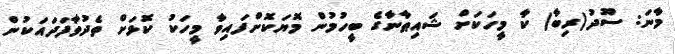
މާނަ: ސޫދު(ރިބާ) ކާ މީހަކަށް ޝައިޠާނާގެ ބީހުމުން މޮޔަކޮށްފައިވާ މީހަކު ކޮޅަށް ތެދުވާފަދައަކުން